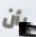
بأن